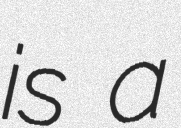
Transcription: is a